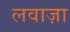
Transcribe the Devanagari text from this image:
लवाज़ा